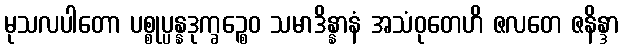
မုသလပါတော ပစ္စုပ္ပန္နဒုက္ခဉ္စေဝ သမာဒိန္နာနံ အသံဝုတေဟိ ဇလတေ ဇနိန္ဒာ